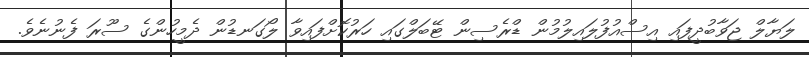
ލަޔާލް ޖަވާބުދީފައި އިސްއުފުލައިލުމުން ޑްރެސިން ޓޭބަލްގައި ހަރުކޮށްފައިވާ ލޯގަނޑުން ދެމީހުންގެ ސޫރަ ފެނުނެވެ.